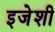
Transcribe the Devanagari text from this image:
इजेशी